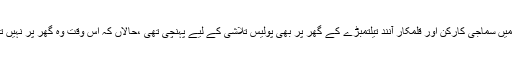
گووا میں سماجی کارکن اور قلمکار آنند تیلتمبڑے کے گھر پر بھی پولیس تلاشی کے لیے پہنچی تھی ،حالاں کہ اس وقت وہ گھر پر نہیں تھے ۔